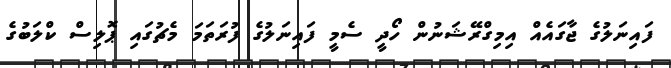
ފައިނަލުގެ ޖާގައެއް އިމިގްރޭޝަނުން ހޯދީ ސެމީ ފައިނަލުގެ ފުރަތަމަ މެޗުގައި ޕޮލިސް ކްލަބުގެ